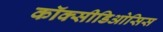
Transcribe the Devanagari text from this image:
कॉक्सीडिओसिस